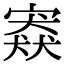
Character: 𡪱